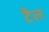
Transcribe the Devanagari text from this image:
टैल